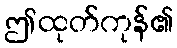
ဤထုတ်ကုန်၏